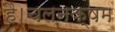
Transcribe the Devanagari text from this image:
है।चलनक्षम